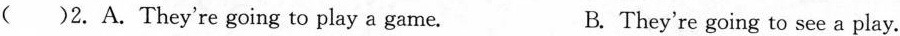
()2.A.They're going to play a game. B. They're going to see a play.